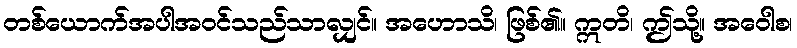
တစ်ယောက်အပါအဝင်သည်သာလျှင်။ အဟောသိ၊ ဖြစ်၏။ ဣတိ၊ ဤသို့။ အဝေါစ၊